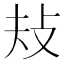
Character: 𢻳